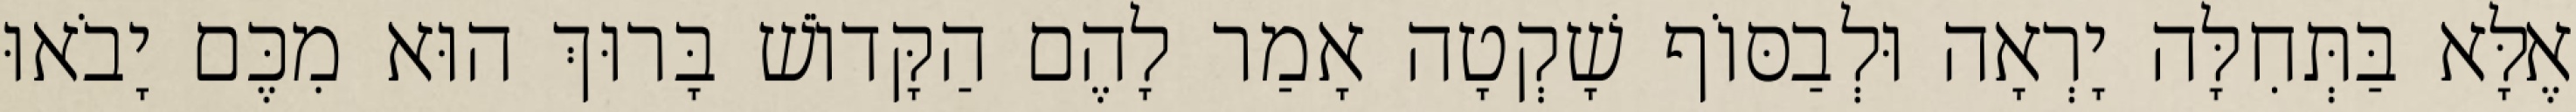
אֶלָּא בַּתְּחִלָּה יָרְאָה וּלְבַסּוֹף שָׁקְטָה אָמַר לָהֶם הַקָּדוֹשׁ בָּרוּךְ הוּא מִכֶּם יָבֹאוּ